Document type: Sale
Year: 1461
Scribe: [Unknown]
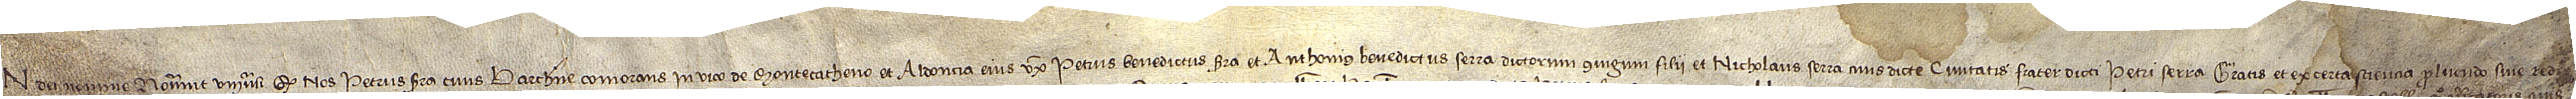
In Dei nomine. Noverint universi quod nos Petrus Serra, civis Barchinone, comorans in vico de Montecatheno, et Aldoncia, eius uxor, Petrus Benedictus Serra et Anthonius Benedictus Serra, dictorum coniugium filii, et Nicholaus Serra, civis dicte civitatis, frater dicti Petri Serra, gratis et ex certa sciencia pro luendo sive redi-